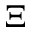
\Xi